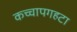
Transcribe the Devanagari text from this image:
कच्चापगहटा